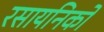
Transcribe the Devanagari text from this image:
रसायनिकों